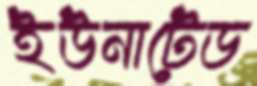
ইউনাটেড